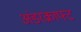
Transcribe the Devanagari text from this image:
अंडरक्राफ्ट